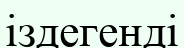
іздегенді